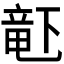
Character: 𬺗